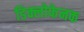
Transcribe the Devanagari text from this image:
डिक्लोफेनक